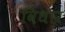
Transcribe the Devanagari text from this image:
विधार